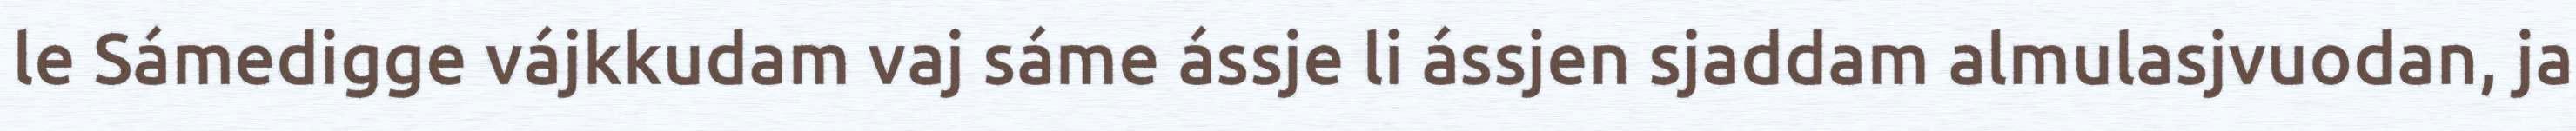
le Sámedigge vájkkudam vaj sáme ássje li ássjen sjaddam almulasjvuodan, ja